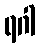
ရဂါ